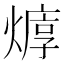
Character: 𱬉